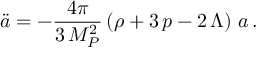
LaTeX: \ddot { a } = - \frac { 4 \pi } { 3 \, M _ { P } ^ { 2 } } \left( \rho + 3 \, p - 2 \, \Lambda \right) \, a \, .